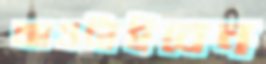
আওটাইবেন